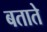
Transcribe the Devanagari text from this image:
बतातेे